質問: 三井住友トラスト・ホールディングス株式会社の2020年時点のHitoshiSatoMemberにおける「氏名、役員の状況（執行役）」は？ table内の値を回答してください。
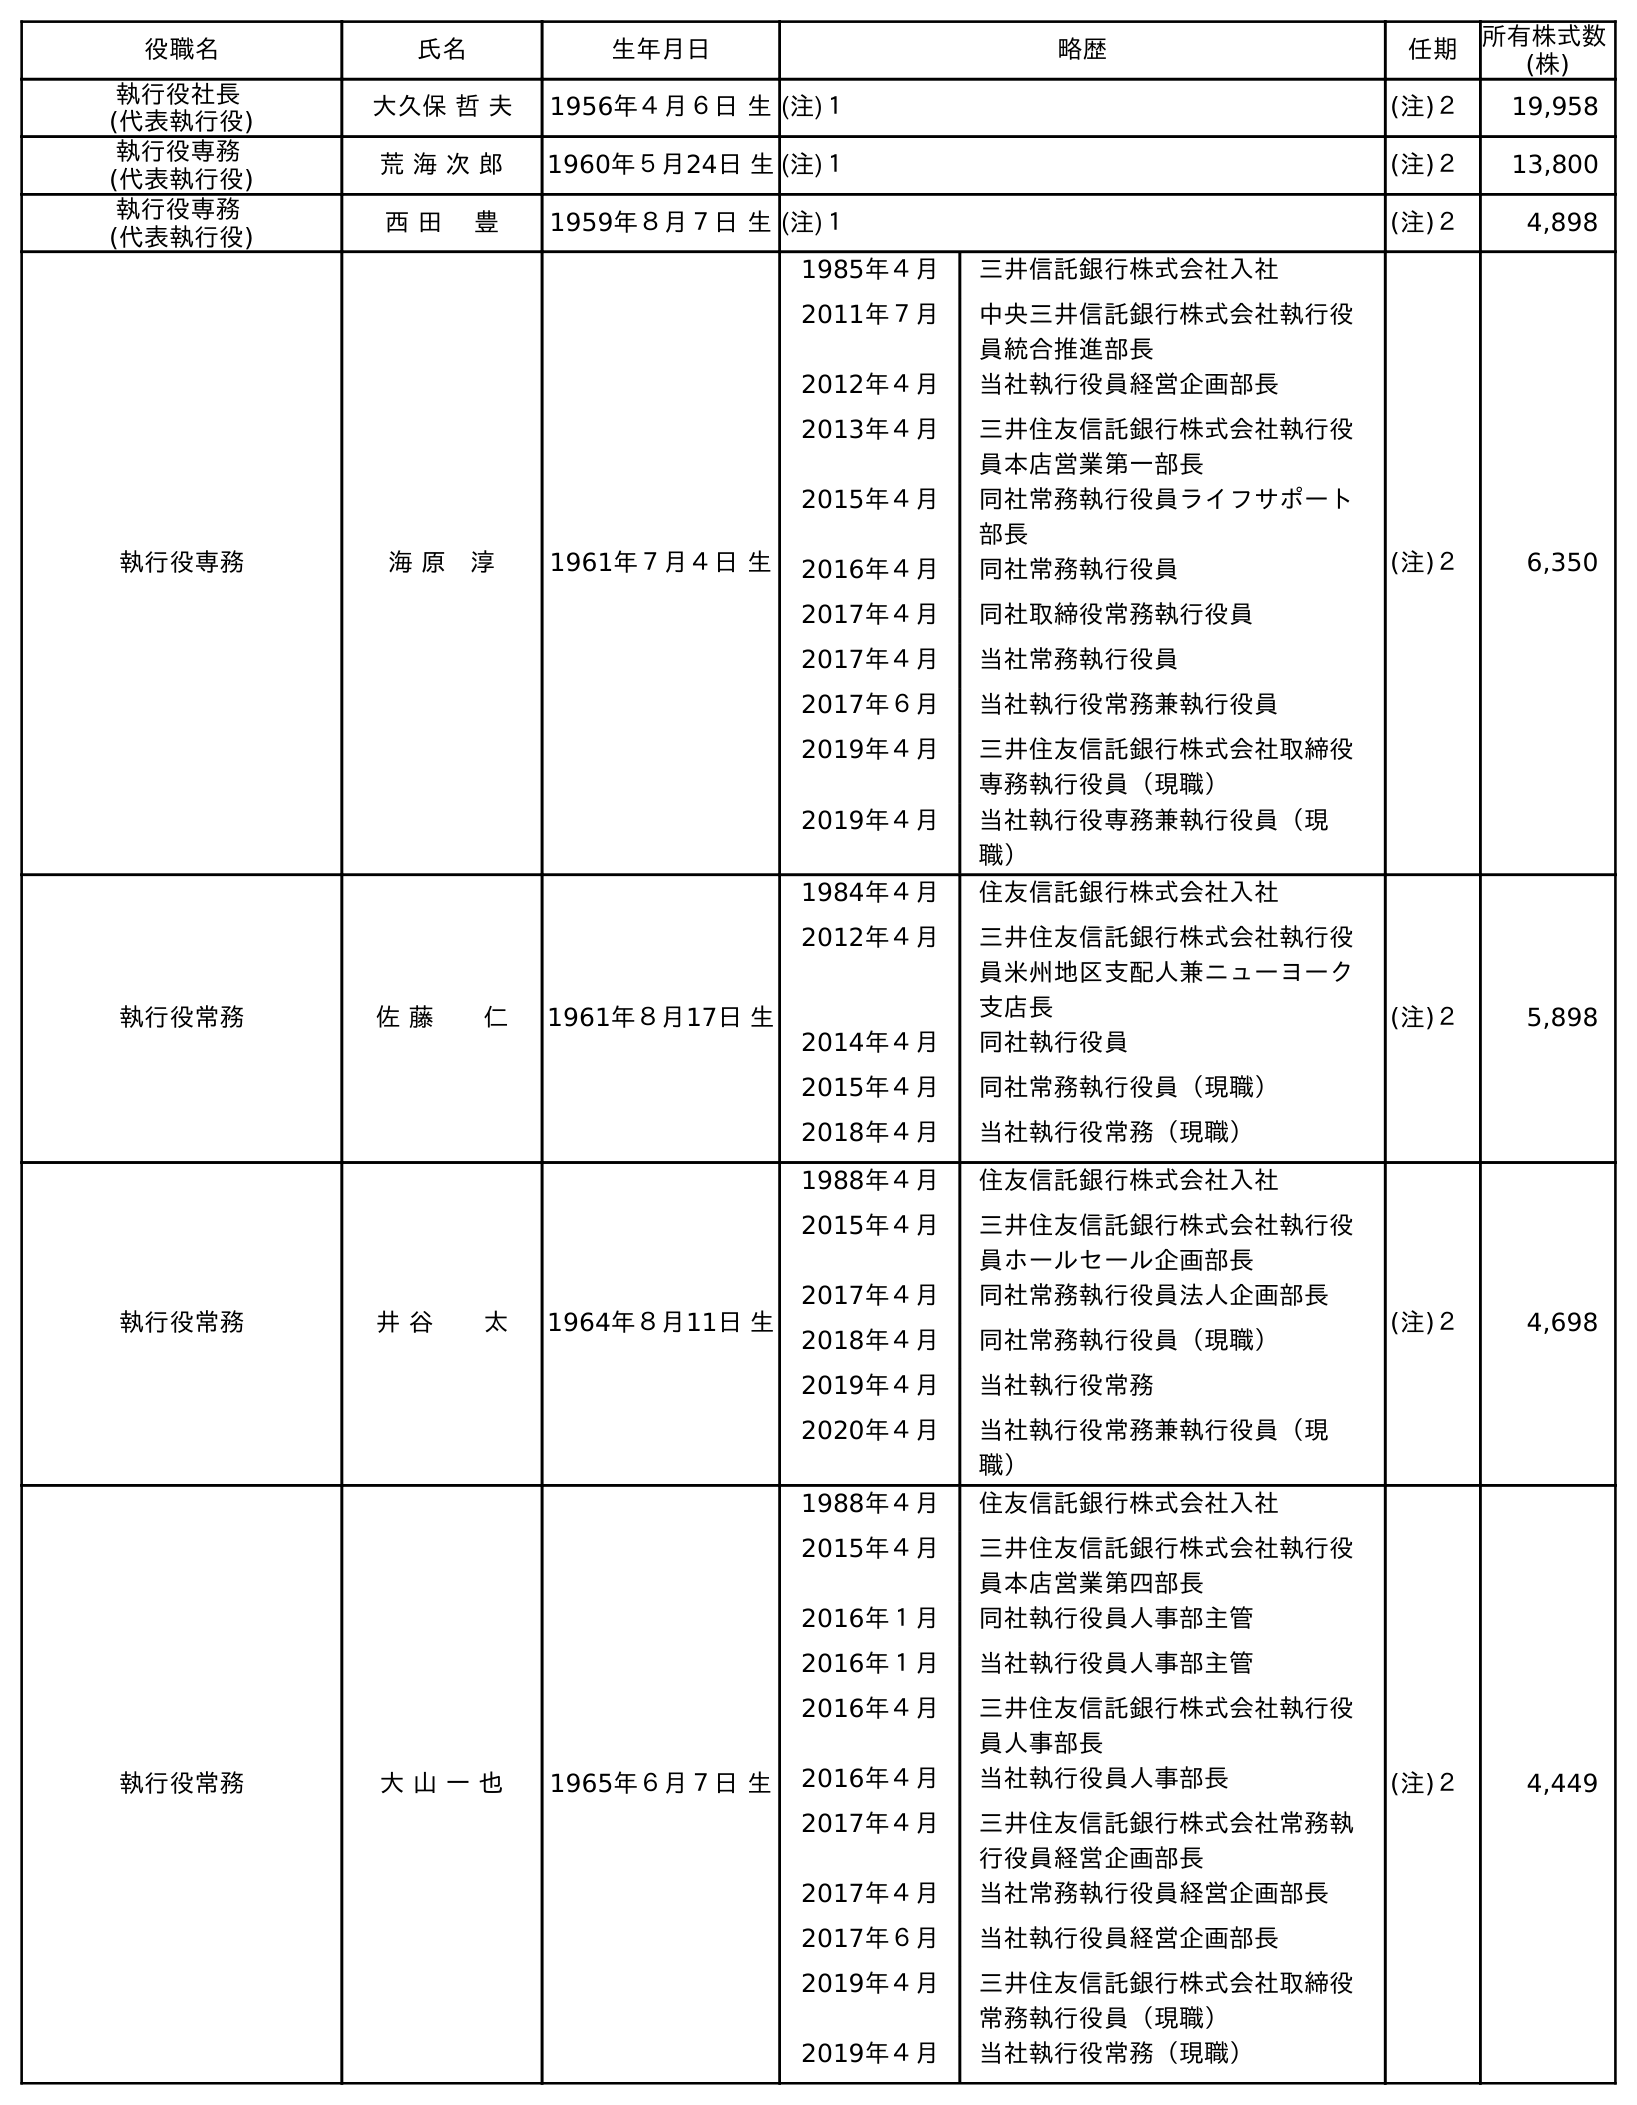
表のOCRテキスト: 役職名 氏名 生年月日 略歴 任期 所有株式数 (株) 執行役社長 (代表執行役) 大久保 哲 夫 1956年４月６日 生(注)１ (注)２ 19,958 執行役専務 (代表執行役) 荒 海 次 郎 1960年５月24日 生(注)１ (注)２ 13,800 執行役専務 (代表執行役) 西 田 豊 1959年８月７日 生(注)１ (注)２ 4,898 執行役専務 海 原 淳 1961年７月４日 生 1985年４月 三井信託銀行株式会社入社 2011年７月 中央三井信託銀行株式会社執行役 員統合推進部長 2012年４月 当社執行役員経営企画部長 2013年４月 三井住友信託銀行株式会社執行役 員本店営業第一部長 2015年４月 同社常務執行役員ライフサポート 部長 2016年４月 同社常務執行役員 2017年４月 同社取締役常務執行役員 2017年４月 当社常務執行役員 2017年６月 当社執行役常務兼執行役員 2019年４月 三井住友信託銀行株式会社取締役 専務執行役員（現職） 2019年４月 当社執行役専務兼執行役員（現 職） (注)２ 6,350 執行役常務 佐 藤  仁 1961年８月17日 生 1984年４月 住友信託銀行株式会社入社 2012年４月 三井住友信託銀行株式会社執行役 員米州地区支配人兼ニューヨーク 支店長 2014年４月 同社執行役員 2015年４月 同社常務執行役員（現職） 2018年４月 当社執行役常務（現職） (注)２ 5,898 執行役常務 井 谷  太 1964年８月11日 生 1988年４月 住友信託銀行株式会社入社 2015年４月 三井住友信託銀行株式会社執行役 員ホールセール企画部長 2017年４月 同社常務執行役員法人企画部長 2018年４月 同社常務執行役員（現職） 2019年４月 当社執行役常務 2020年４月 当社執行役常務兼執行役員（現 職） (注)２ 4,698 執行役常務 大 山 一 也 1965年６月７日 生 1988年４月 住友信託銀行株式会社入社 2015年４月 三井住友信託銀行株式会社執行役 員本店営業第四部長 2016年１月 同社執行役員人事部主管 2016年１月 当社執行役員人事部主管 2016年４月 三井住友信託銀行株式会社執行役 員人事部長 2016年４月 当社執行役員人事部長 2017年４月 三井住友信託銀行株式会社常務執 行役員経営企画部長 2017年４月 当社常務執行役員経営企画部長 2017年６月 当社執行役員経営企画部長 2019年４月 三井住友信託銀行株式会社取締役 常務執行役員（現職） 2019年４月 当社執行役常務（現職） (注)２ 4,449
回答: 佐 藤仁